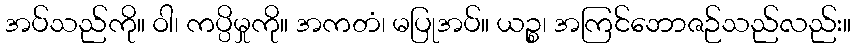
အပ်သည်ကို။ ဝါ၊ ကပ္ပိမှုကို။ အကတံ၊ မပြုအပ်။ ယဉ္စ၊ အကြင်ဘောဇဉ်သည်လည်း။